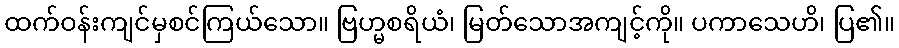
ထက်ဝန်းကျင်မှစင်ကြယ်သော။ ဗြဟ္မစရိယံ၊ မြတ်သောအကျင့်ကို။ ပကာသေဟိ၊ ပြ၏။